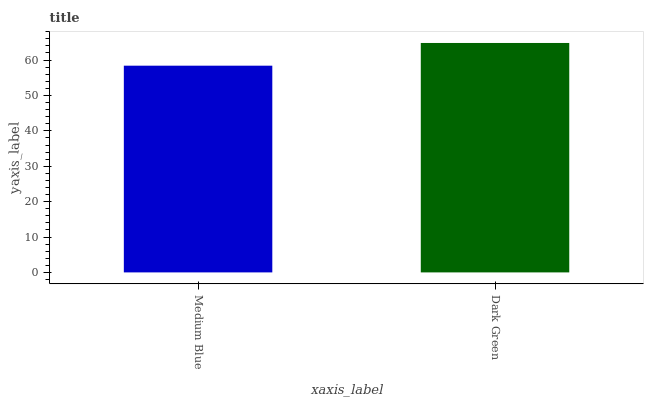
| xaxis_label | bars |
 | --- | --- |
 | Medium Blue | 58.4 |
 | Dark Green | 64.8 |